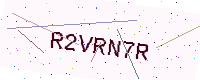
Text: R2VRN7R